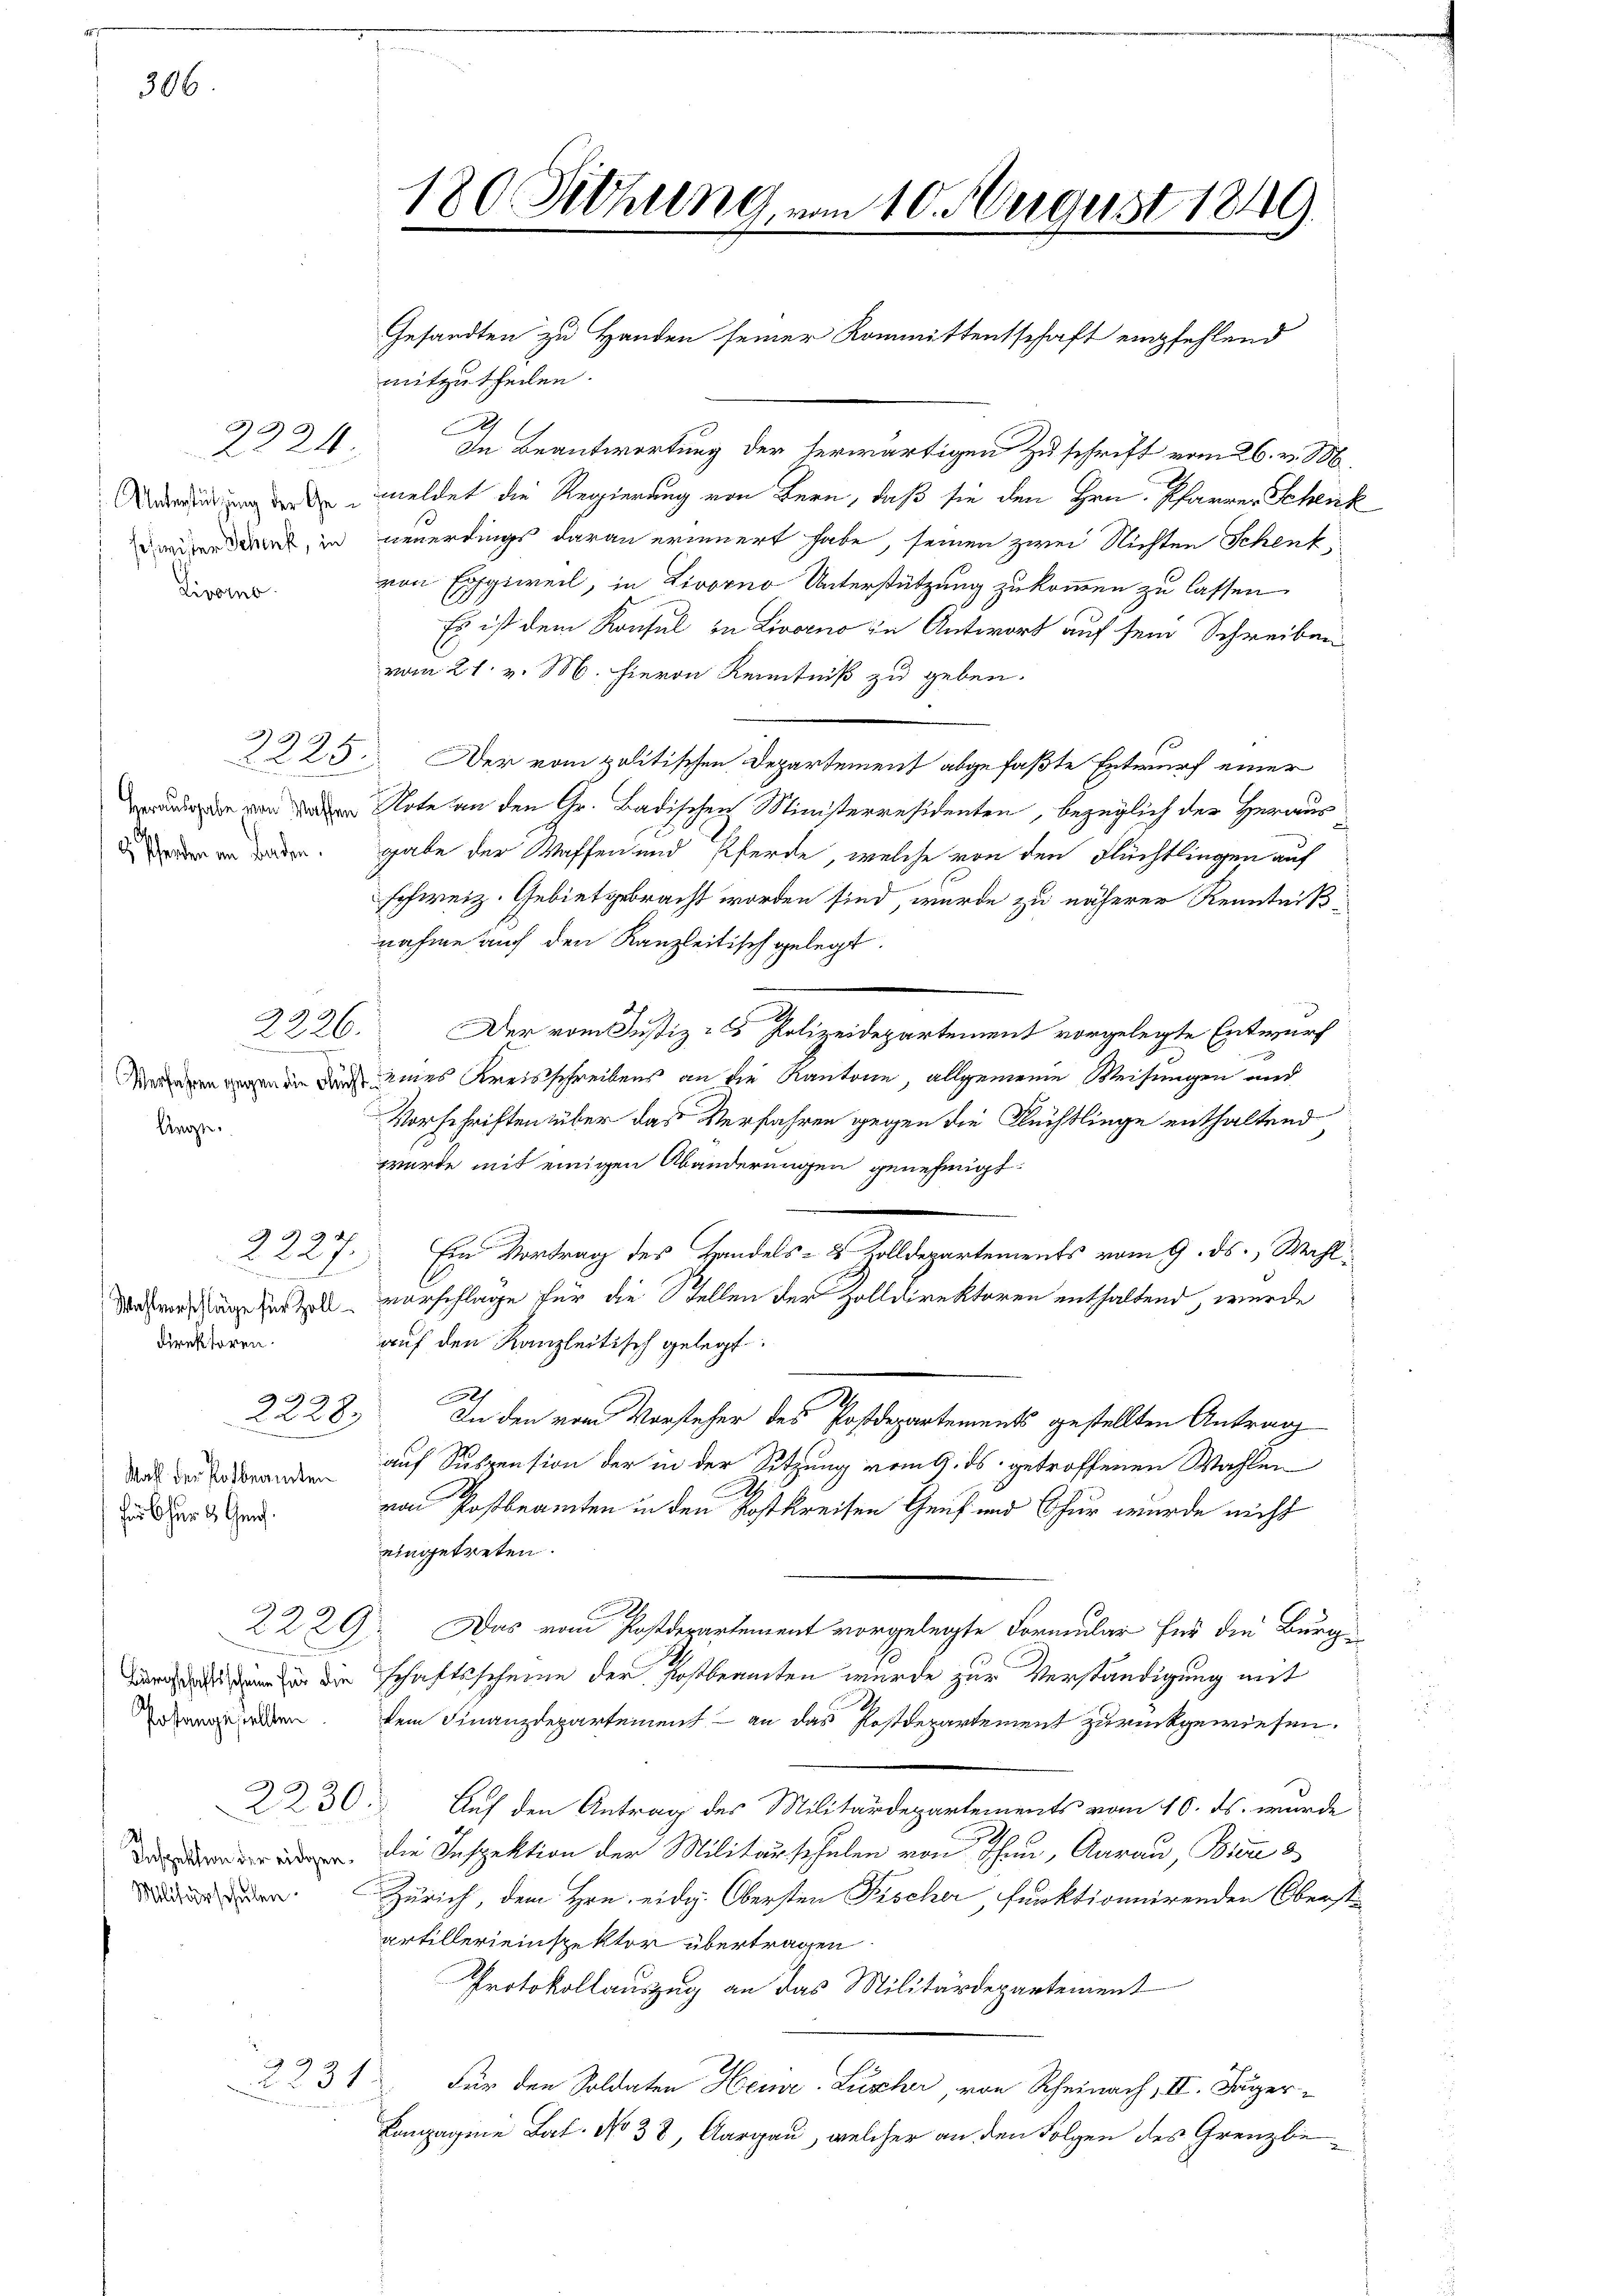
2224
Livorno.

306.

2226.
d
liege.

Direktoren

2224

Mahl der Potbeamten
für Chur & Genf.

Gesandten zu Handen seiner Kommittentschaft empfehlend
mitzutheilen.
A
In Beantwortung der herwärtigen Zuschrift vom 26. v. M.
de der meldet die Regierung von Bern, daß sie den Hrn. Pfarrer Scheick
 dir in neuerdings daran erinnert habe, seinen zwei Nichten Schenk
von Expiweil, in Livorno Unterstützung zukommen zu lassen
Es ist dem Konsul in Livorno in Antwort auf sein Schreiben
vom 21. v. M. hievon Kenntniß zu geben.
225. Der vom politischen Departement abgefaßte Entwurf einer
de vor den Note an den Gr. Badischen Ministerresidenten, bezüglich der Heraus
an oder gabe der Waffen und Pferde, welche von den Flüchtlingen auf
schweiz. Gebietgebracht worden sind, wurde zu näherer Kenntnißnahme auch den Kanzleitisch gelegt.
Der vom Justiz- & Polizeidepartement vorgelegte Entwurf
i durch eines Kreisschreibens an die Kantone, allgemeine Weisungen und
Vorschriften über das Verfahren gegen die Flüchtlinge enthaltend
wurde mit einigen Abänderungen genehmigt.
Ein Vortrag des Handels- & Zolldepartements vom 9. ds. Wahl
.
ahrschen Hertl vorschlage für die Stellen der Zolldirektoren enthaltend, wurde
auf den Kanzleitisch gelegt.
h
2228)
In den vom Vorsteher des Postdepartements gestellten Antrag
auf Suspension der in der Sitzung vom 9. ds. getroffenen Wahlen
von Postbeamten in den Postkreisen Genf und Thur wurde nicht
eingetreten.

2229.
Das vom Postdepartement vorgelegte Formular für die Burg-
 die Schaftsscheine der Postbeamten wurde zur Verständigung mit
iden dem Finanzdepartement - an das Postdepartement zurückgewiesen.
2230
Auf den Antrag des Militärdepartements vom 10. ds. wurde
. die Inspektion der Militärschulen von Thau, Aarau, Biene 3
Zürich, dem Hrn. eidg. Obersten Fischer, funktionirenden Oberst
artillereinspektor übertragen
Protokollauszug an das Militärdepartement
2231.
Für den Soldaten Heine-Luscher von Rheinach II. Jäger¬
Lampagnie Bat. No 38, Aargau, welcher an den Folgen des Grenzbe¬

Militärschulen

180. Dittung vom 10. August 1849.